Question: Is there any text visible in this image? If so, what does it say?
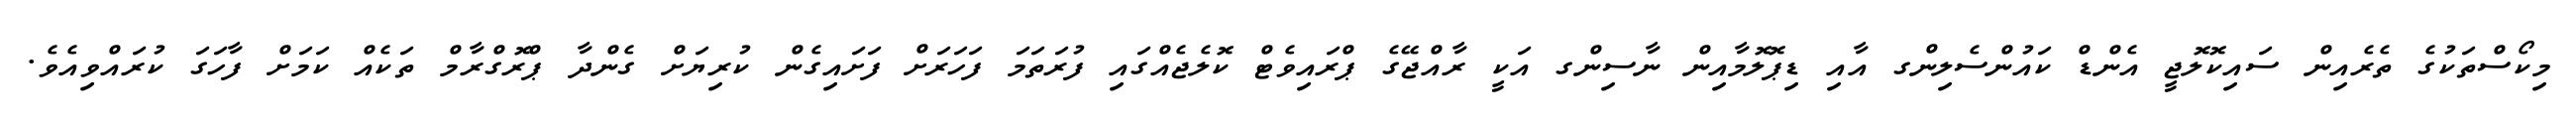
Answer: މިކޯސްތަކުގެ ތެރެއިން ސައިކޮލޮޖީ އެންޑް ކައުންސެލިންގ އާއި ޑިޕޮލޮމާއިން ނާސިންގ އަކީ ރާއްޖޭގެ ޕްރައިވެޓް ކޮލެޖެއްގައި ފުރަތަމަ ފަހަރަށް ފަށައިގެން ކުރިޔަށް ގެންދާ ޕްރޮގްރާމް ތަކެއް ކަމަށް ފާހަގަ ކުރައްވިއެވެ.